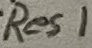
Text: Res1